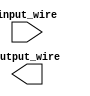
module comb_logic(
input [7:0] input_wire,
output reg [7:0] output_wire);

endmodule